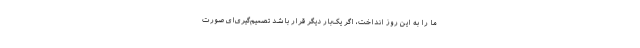
ما را به این روز انداخت، اگر یک‌بار دیگر قرار باشد تصمیم‌گیری‌ای صورت